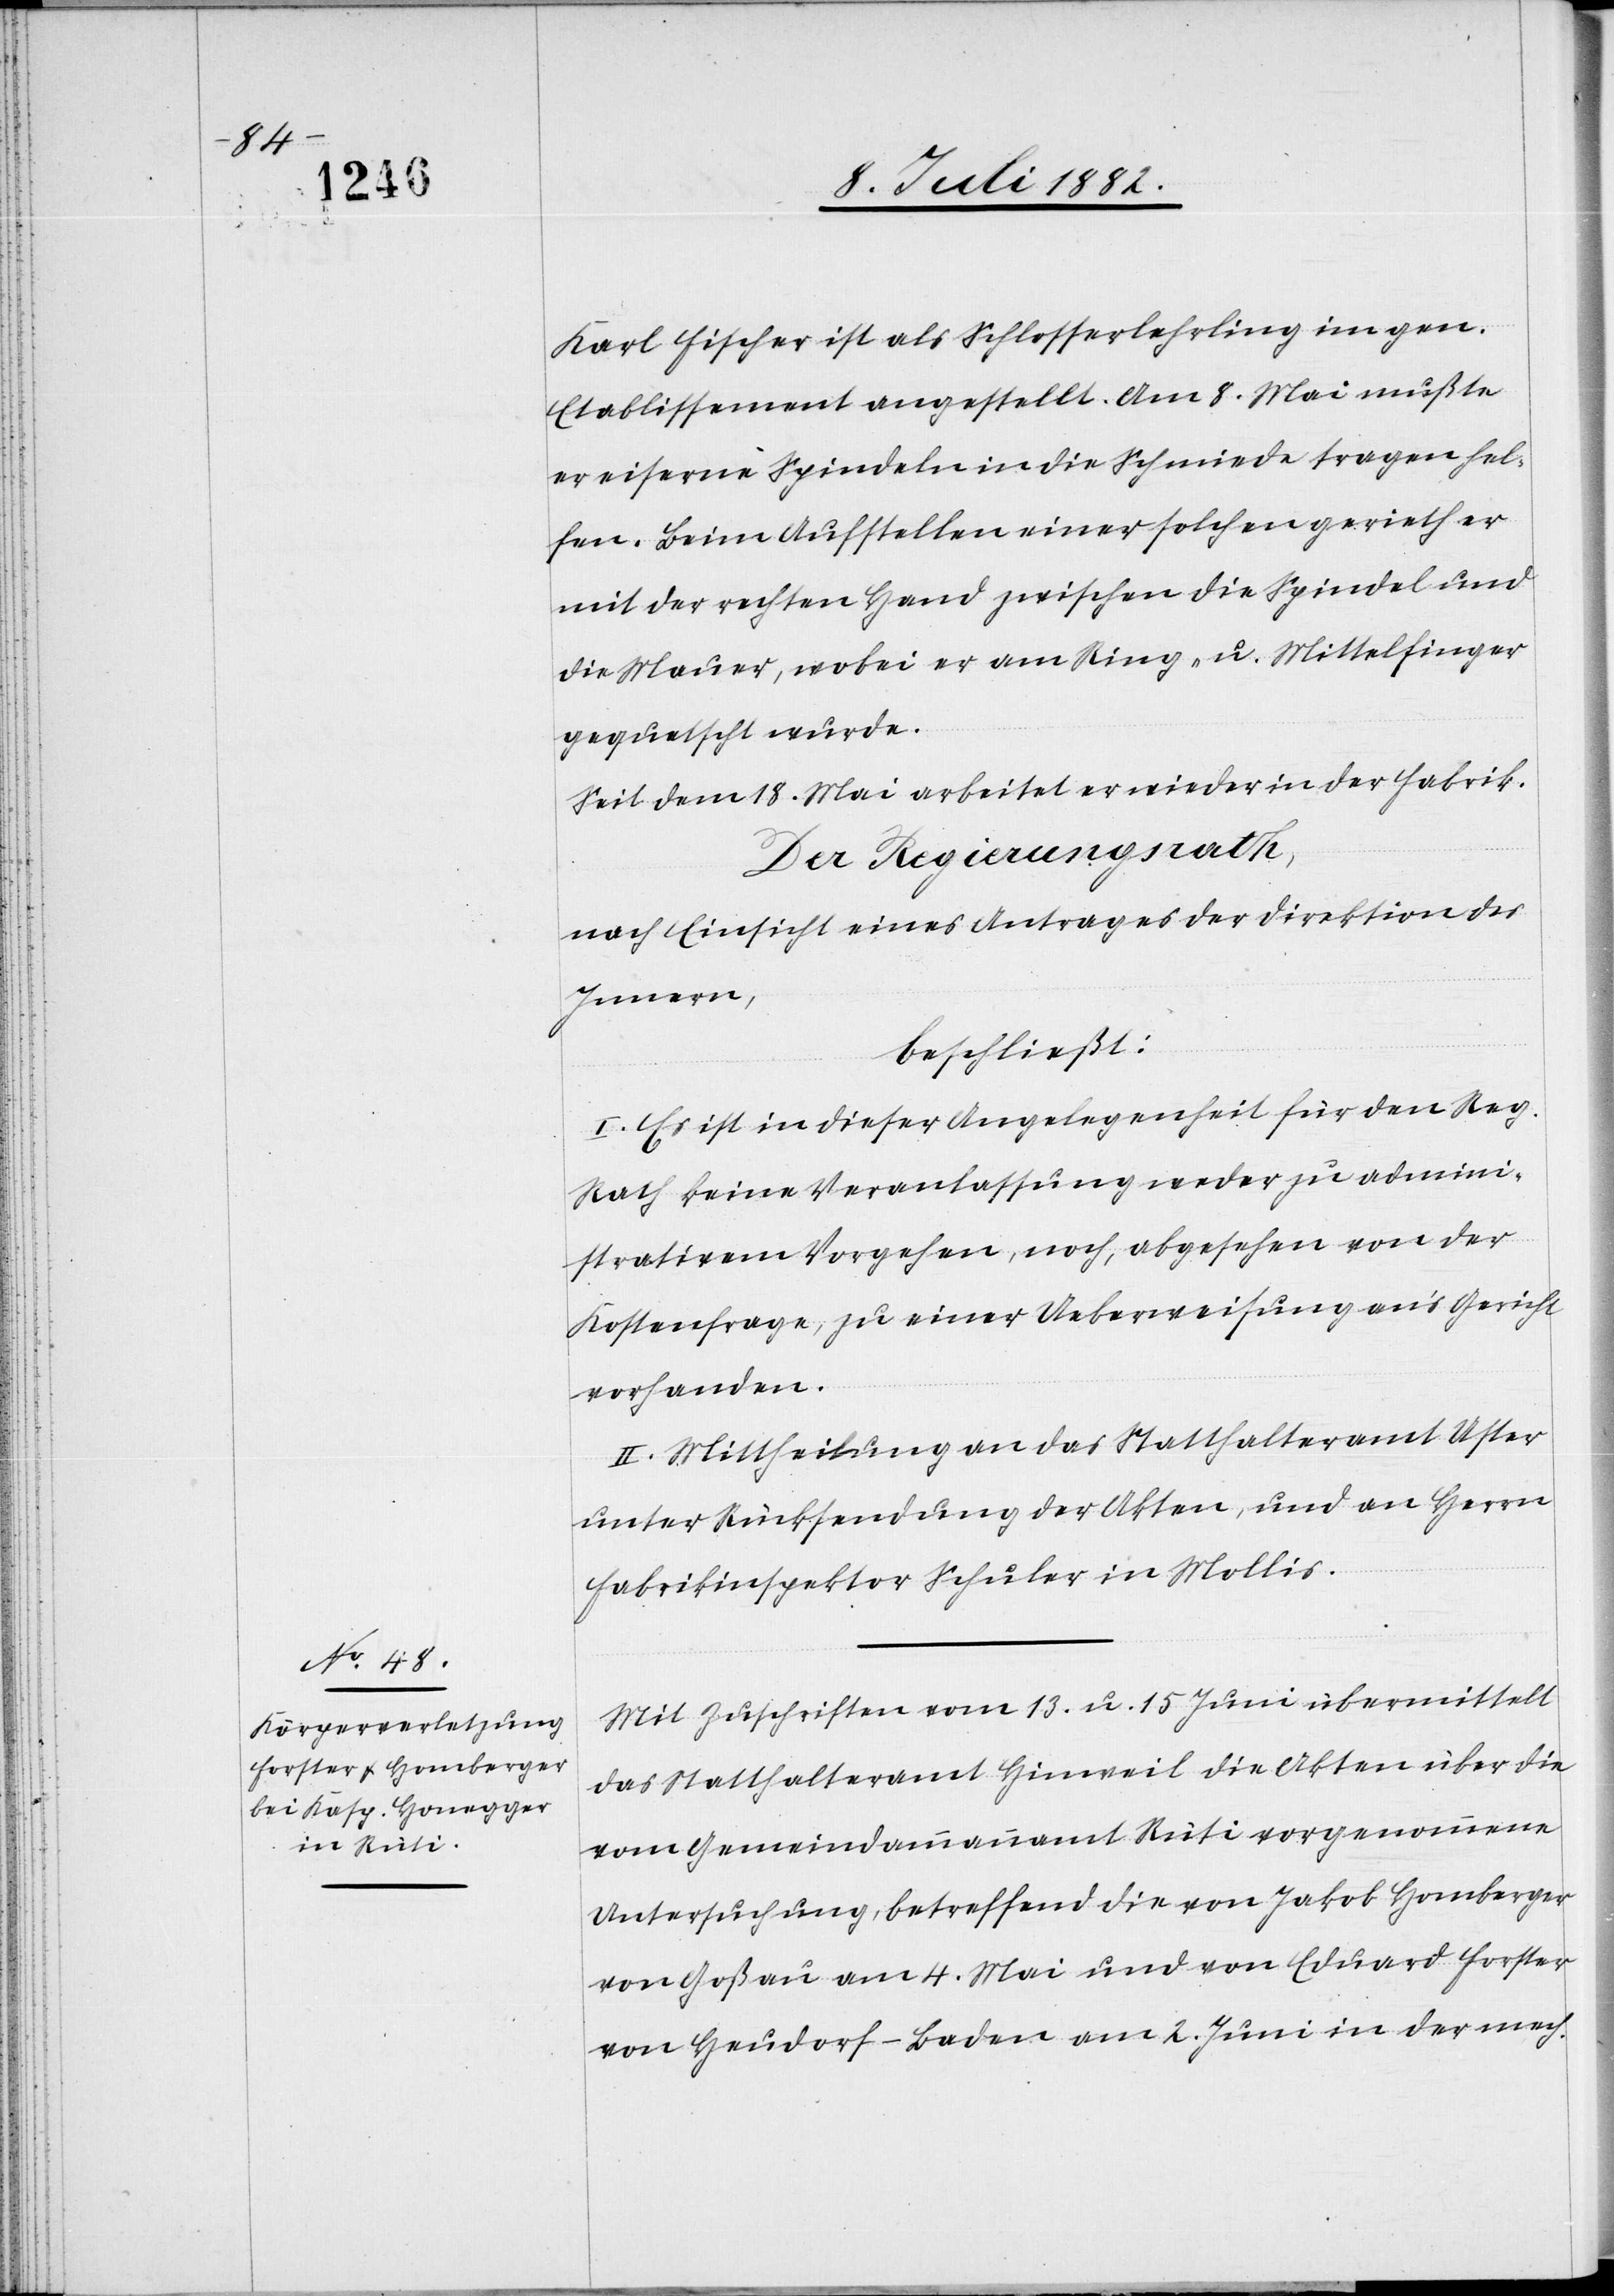
Karl Fischer ist als Schlosserlehrling im gen.
Etablissement angestellt. Am 8. Mai mußte
er eiserne Spindeln in die Schmiede tragen hel¬
fen. Beim Aufstellen einer solchen gerieth er
mit der rechten Hand zwischen die Spindel und
die Mauer, wobei er am Ring- u. Mittelfinger
gequetscht wurde.
Seit dem 18. Mai arbeitet er wieder in der Fabrik.
Der Regierungsrath,
nach Einsicht eines Antrages der Direktion des
Innern,
beschließt:
I. Es ist in dieser Angelegenheit für den Reg.
Rath keine Veranlassung weder zu admini¬
strativem Vorgehen, noch, abgesehen von der
Kostenfrage, zu einer Ueberweisung an’s Gericht
vorhanden.
II. Mittheilung an das Statthalteramt Uster
unter Rücksendung der Akten, und an Herrn
Fabrikinspektor Schuler in Mollis.
Mit Zuschriften vom 13. u. 15. Juni übermittelt
das Statthalteramt Hinweil die Akten über die
vom Gemeindammannamt Rüti vorgenommene
Untersuchung, betreffend die von Jakob Homberger
von Goßau am 4. Mai und von Eduard Forster
von Heudorf - Baden am 2. Juni in der mech.